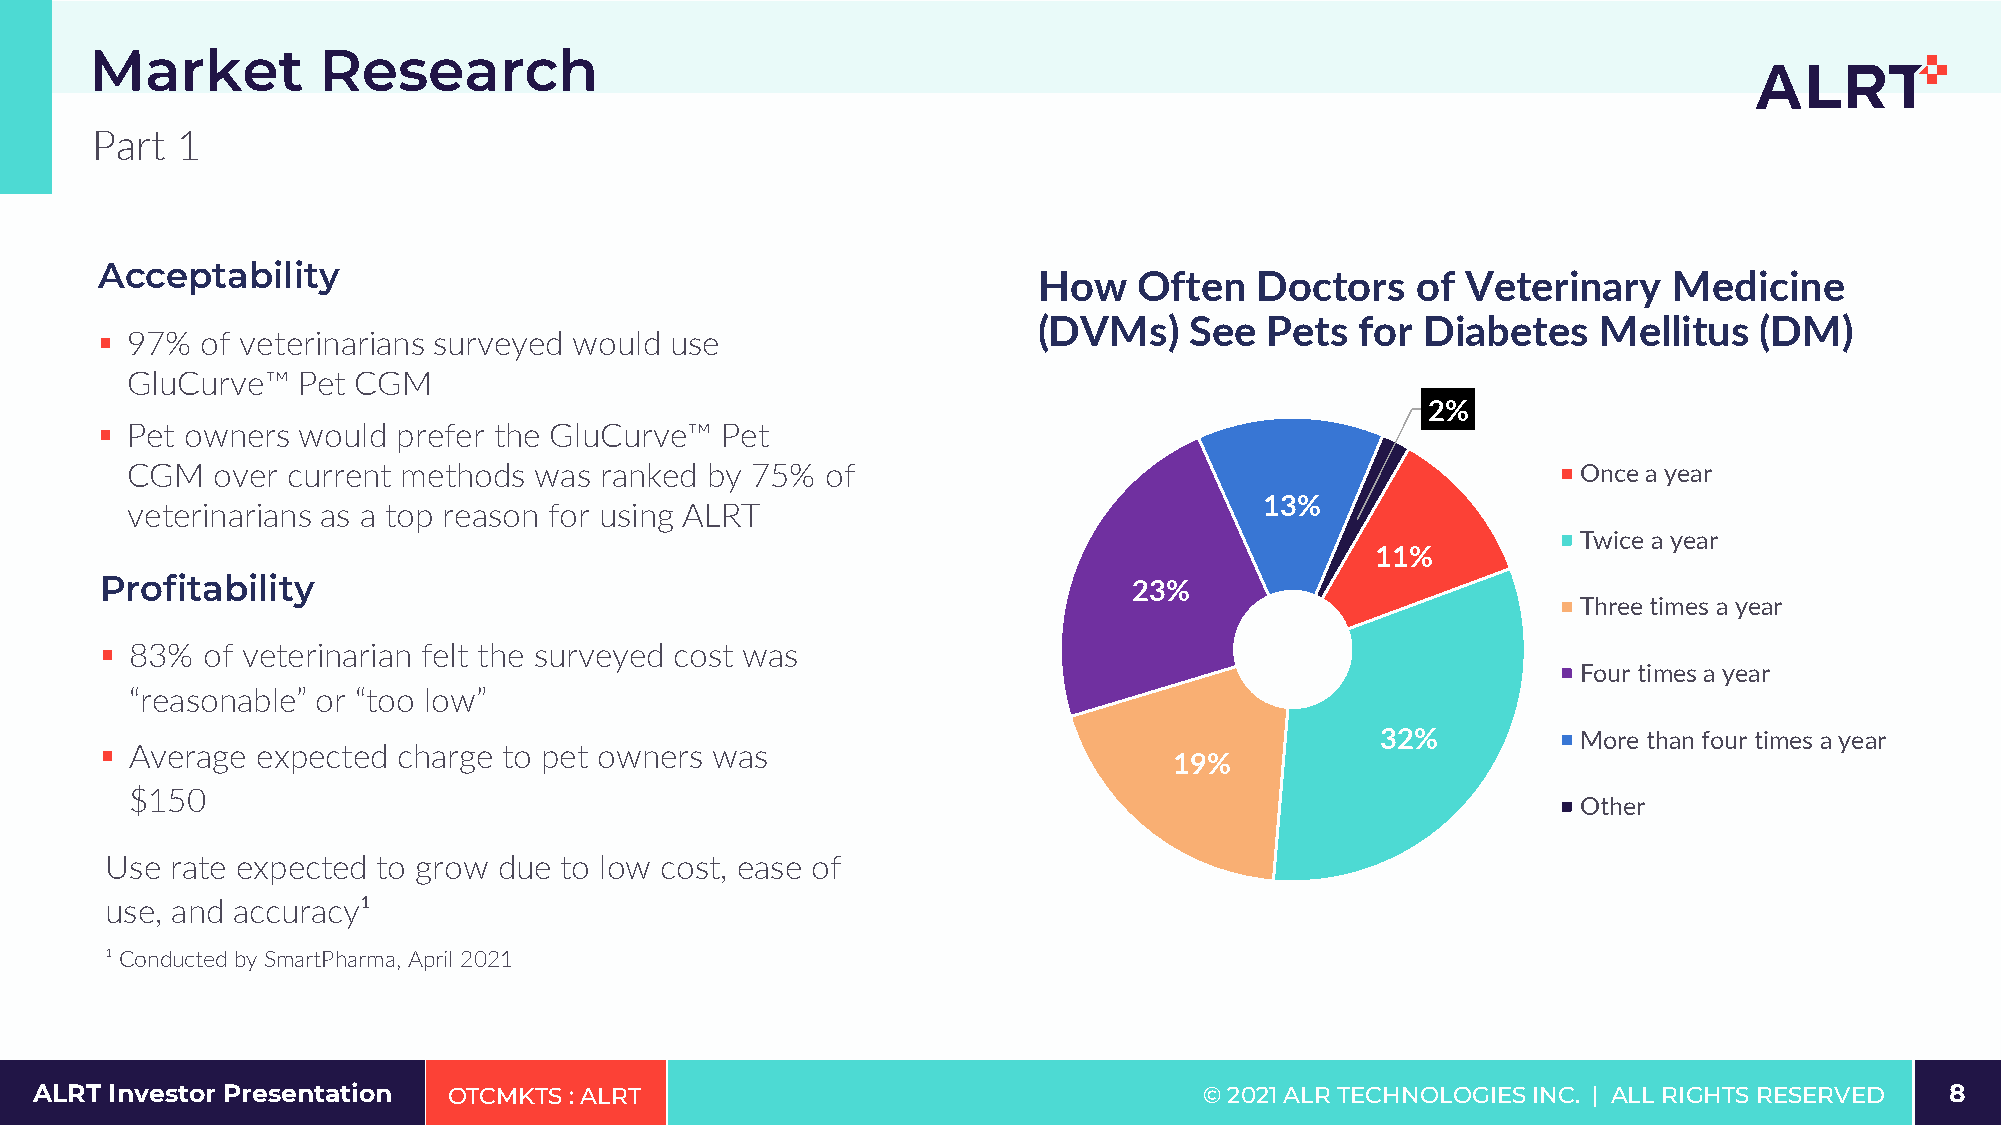
Market         Research
 Part  1
 Acceptability
 How   Often   Doctors    of Veterinary    Medicine
 (DVMs)    See  Pets  for Diabetes    Mellitus  (DM)
 ▪ 97%  of veterinarians surveyed would use
 GluCurve™   Pet CGM
 2%
 ▪ Pet owners  would prefer the GluCurve™  Pet
 CGM   over current methods was  ranked by 75%  of                                                Once a year
 13%
 veterinarians as a top reason for using ALRT
 Twice a year
 11%
 Profitability                                                       23%
 Three times a year
 ▪ 83% of veterinarian felt the surveyed cost was
 Four times a year
 “reasonable” or “too low”
 32%           More than four times a year
 ▪ Average expected charge to pet owners was
 19%
 $150
 Other
 Use rate expected to grow due to low cost, ease of
 use, and accuracy¹
 ¹ Conducted by SmartPharma, April 2021
 ALRT Investor Presentation  OTCMKTS : ALRT                                    © 2021 ALR TECHNOLOGIES INC. | ALL RIGHTS RESER8VED 8